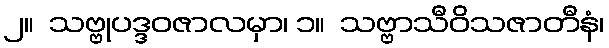
၂။  သဗ္ဗုပဒ္ဒဝဇာလမှာ၊ ၁။  သဗ္ဗာသီဝိသဇာတီနံ၊